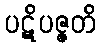
ပဋိပဇ္ဇတိ